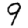
Digit: 9